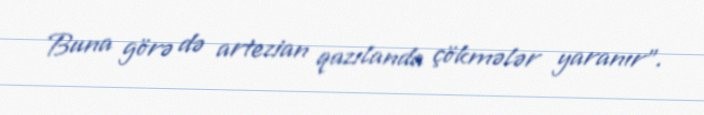
Buna görə də artezian qazılanda çökmələr yaranır”.